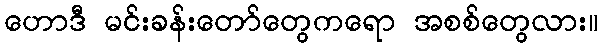
ဟောဒီ မင်းခန်းတော်တွေကရော အစစ်တွေလား။